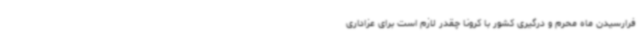
فرارسیدن ماه محرم و درگیری کشور با کرونا چقدر لازم است برای عزاداری